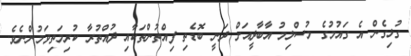
ގުޅިގެން އެ ގައުމުގެ މުސްލިމު އާބާދީއަށް ދަނީ ބޮޑެތި ފިއްތުންތަކާއި ދުއްތުރާ ކުރިމަތިވަމުންނެވެ.